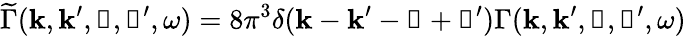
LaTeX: \widetilde{\Gamma}(\boldsymbol{\mathbf{k}},\boldsymbol{\mathbf{k}}^{\prime},\boldsymbol{\mathbf{\upkappa}},\boldsymbol{\mathbf{\upkappa}}^{\prime},\omega)=8\pi^{3}\delta(\boldsymbol{\mathbf{k}}-\boldsymbol{\mathbf{k}}^{\prime}-\boldsymbol{\mathbf{\upkappa}}+\boldsymbol{\mathbf{\upkappa}}^{\prime})\Gamma(\boldsymbol{\mathbf{k}},\boldsymbol{\mathbf{k}}^{\prime},\boldsymbol{\mathbf{\upkappa}},\boldsymbol{\mathbf{\upkappa}}^{\prime},\omega)